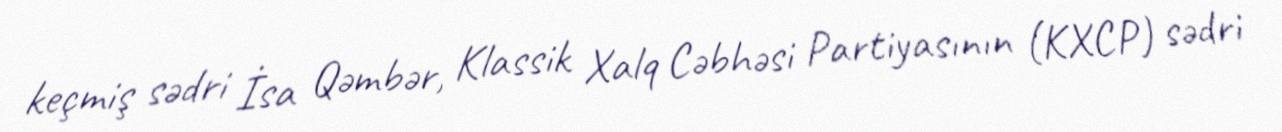
keçmiş sədri İsa Qəmbər, Klassik Xalq Cəbhəsi Partiyasının (KXCP) sədri